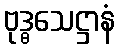
ဗုဒ္ဓသေဋ္ဌာနံ